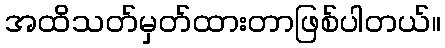
အထိသတ်မှတ်ထားတာဖြစ်ပါတယ်။